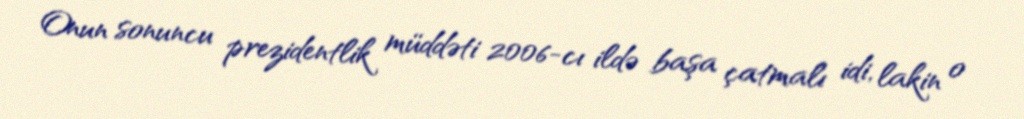
Onun sonuncu prezidentlik müddəti 2006-cı ildə başa çatmalı idi, lakin o